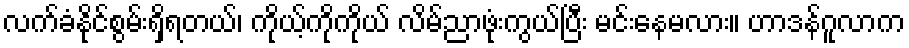
လက်ခံနိုင်စွမ်းရှိရတယ်၊ ကိုယ့်ကိုကိုယ် လိမ်ညာဖုံးကွယ်ပြီး မင်းနေမလား။ ဟာဒန်ဂူလာက